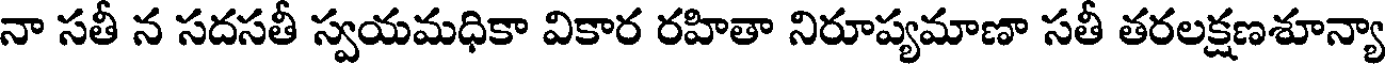
నా సతీ న సదసతీ స్వయమధికా వికార రహితా నిరూప్యమాణా సతీ తరలక్షణశూన్యా